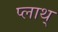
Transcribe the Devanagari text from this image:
प्लाथ्